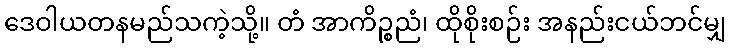
ဒေဝါယတနမည်သကဲ့သို့။ တံ အာကိဉ္စညံ၊ ထိုစိုးစဉ်း အနည်းငယ်ဘင်မျှ